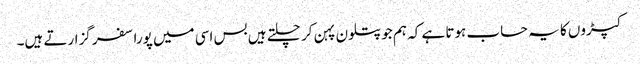
کپڑوں کا یہ حساب ہوتا ہے کہ ہم جو پتلون پہن کر چلتے ہیں بس اسی میں پورا سفر گزارتے ہیں۔